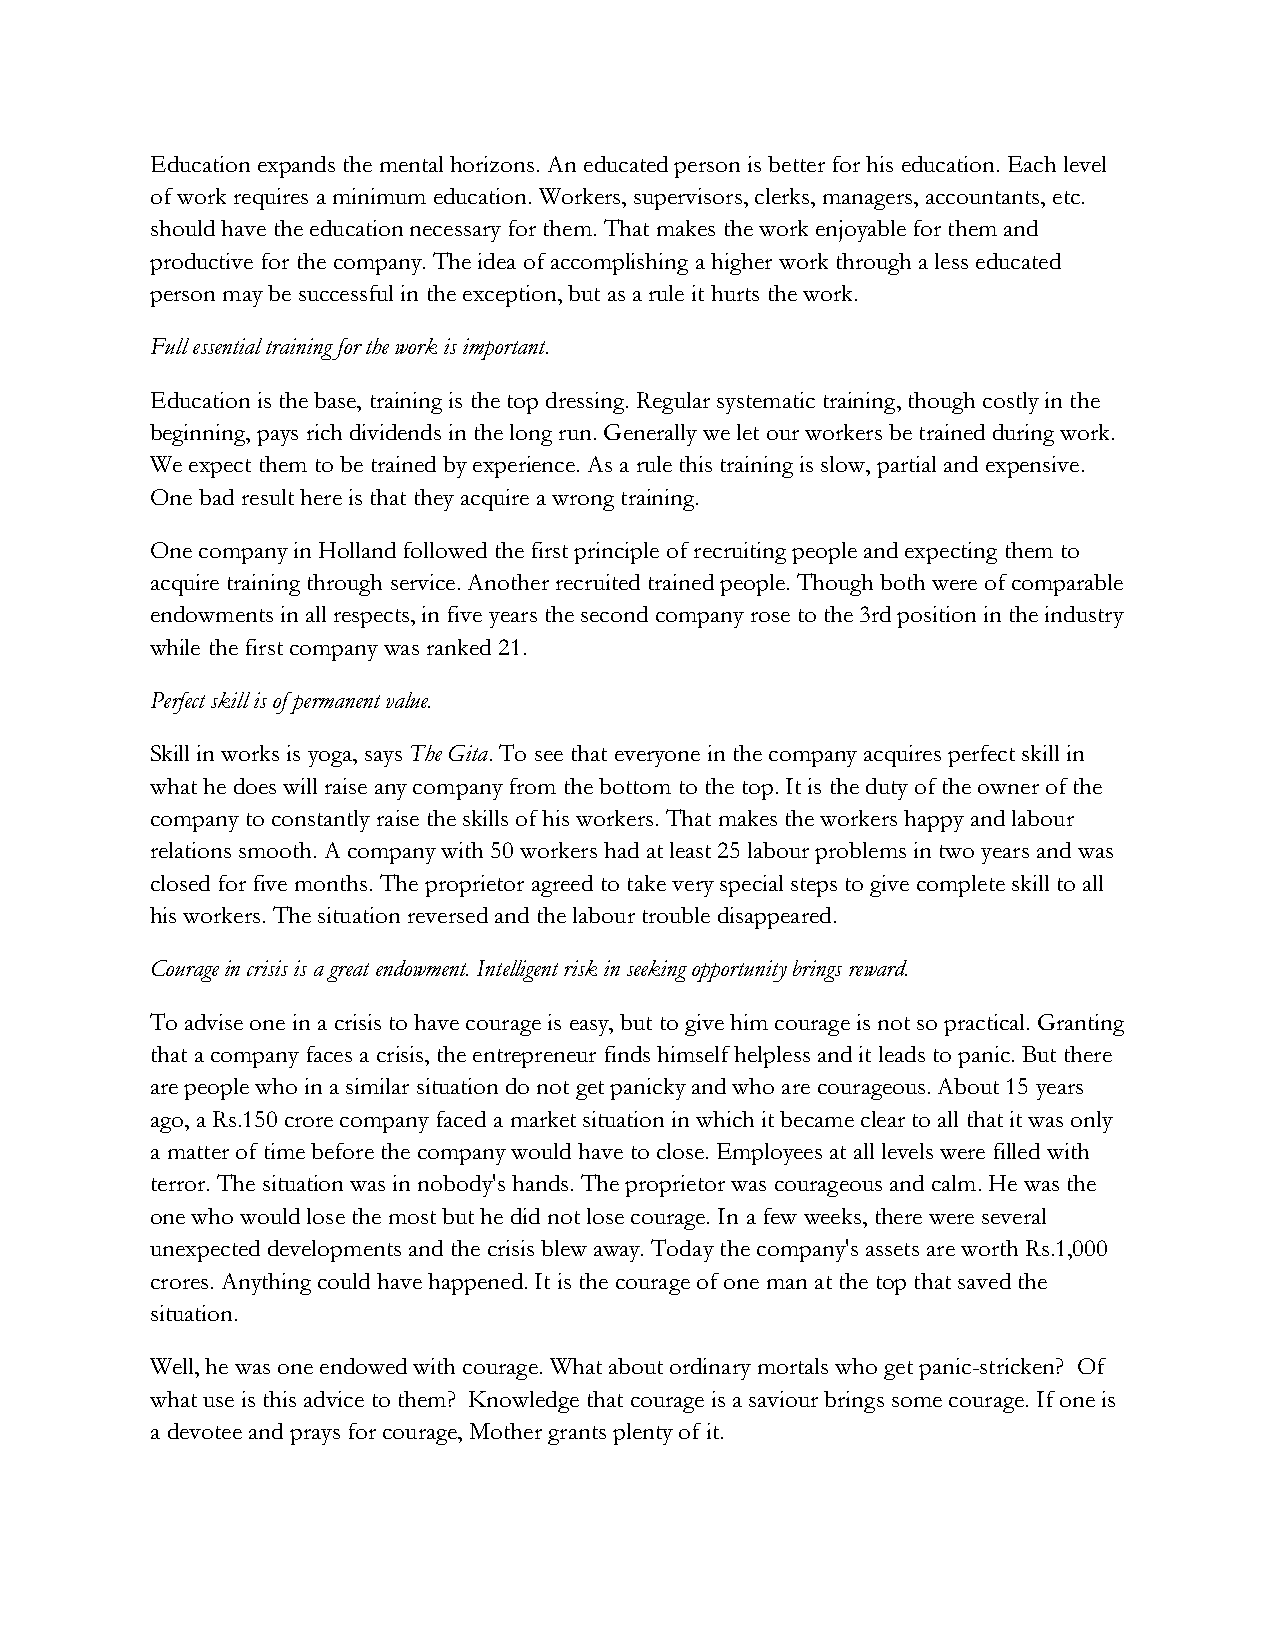
Education expands the mental horizons. An educated person is better for his education. Each level
 of work requires a minimum education. Workers, supervisors, clerks, managers, accountants, etc.
 should have the education necessary for them. That makes the work enjoyable for them and
 productive for the company. The idea of accomplishing a higher work through a less educated
 person may be successful in the exception, but as a rule it hurts the work.
 Full essential training for the work is important.
 Education is the base, training is the top dressing. Regular systematic training, though costly in the
 beginning, pays rich dividends in the long run. Generally we let our workers be trained during work.
 We expect them to be trained by experience. As a rule this training is slow, partial and expensive.
 One bad result here is that they acquire a wrong training.
 One company in Holland followed the first principle of recruiting people and expecting them to
 acquire training through service. Another recruited trained people. Though both were of comparable
 endowments in all respects, in five years the second company rose to the 3rd position in the industry
 while the first company was ranked 21.
 Perfect skill is of permanent value.
 Skill in works is yoga, says The Gita. To see that everyone in the company acquires perfect skill in
 what he does will raise any company from the bottom to the top. It is the duty of the owner of the
 company to constantly raise the skills of his workers. That makes the workers happy and labour
 relations smooth. A company with 50 workers had at least 25 labour problems in two years and was
 closed for five months. The proprietor agreed to take very special steps to give complete skill to all
 his workers. The situation reversed and the labour trouble disappeared.
 Courage in crisis is a great endowment. Intelligent risk in seeking opportunity brings reward.
 To advise one in a crisis to have courage is easy, but to give him courage is not so practical. Granting
 that a company faces a crisis, the entrepreneur finds himself helpless and it leads to panic. But there
 are people who in a similar situation do not get panicky and who are courageous. About 15 years
 ago, a Rs.150 crore company faced a market situation in which it became clear to all that it was only
 a matter of time before the company would have to close. Employees at all levels were filled with
 terror. The situation was in nobody's hands. The proprietor was courageous and calm. He was the
 one who would lose the most but he did not lose courage. In a few weeks, there were several
 unexpected developments and the crisis blew away. Today the company's assets are worth Rs.1,000
 crores. Anything could have happened. It is the courage of one man at the top that saved the
 situation.
 Well, he was one endowed with courage. What about ordinary mortals who get panic-stricken? Of
 what use is this advice to them? Knowledge that courage is a saviour brings some courage. If one is
 a devotee and prays for courage, Mother grants plenty of it.